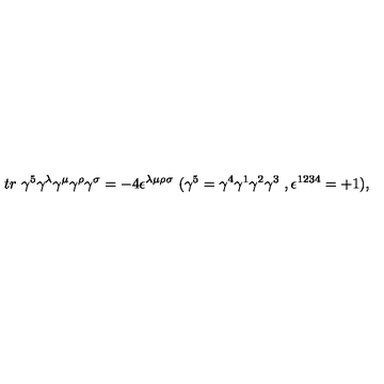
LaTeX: t r \ \gamma ^ { 5 } \gamma ^ { \lambda } \gamma ^ { \mu } \gamma ^ { \rho } \gamma ^ { \sigma } = - 4 \epsilon ^ { \lambda \mu \rho \sigma } \ ( \gamma ^ { 5 } = \gamma ^ { 4 } \gamma ^ { 1 } \gamma ^ { 2 } \gamma ^ { 3 } \ , \epsilon ^ { 1 2 3 4 } = + 1 ) ,